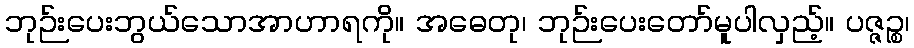
ဘုဉ်းပေးဘွယ်သောအာဟာရကို။ အဓေတု၊ ဘုဉ်းပေးတော်မူပါလှည့်။ ပဇ္ဇဉ္စ၊